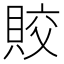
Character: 賋